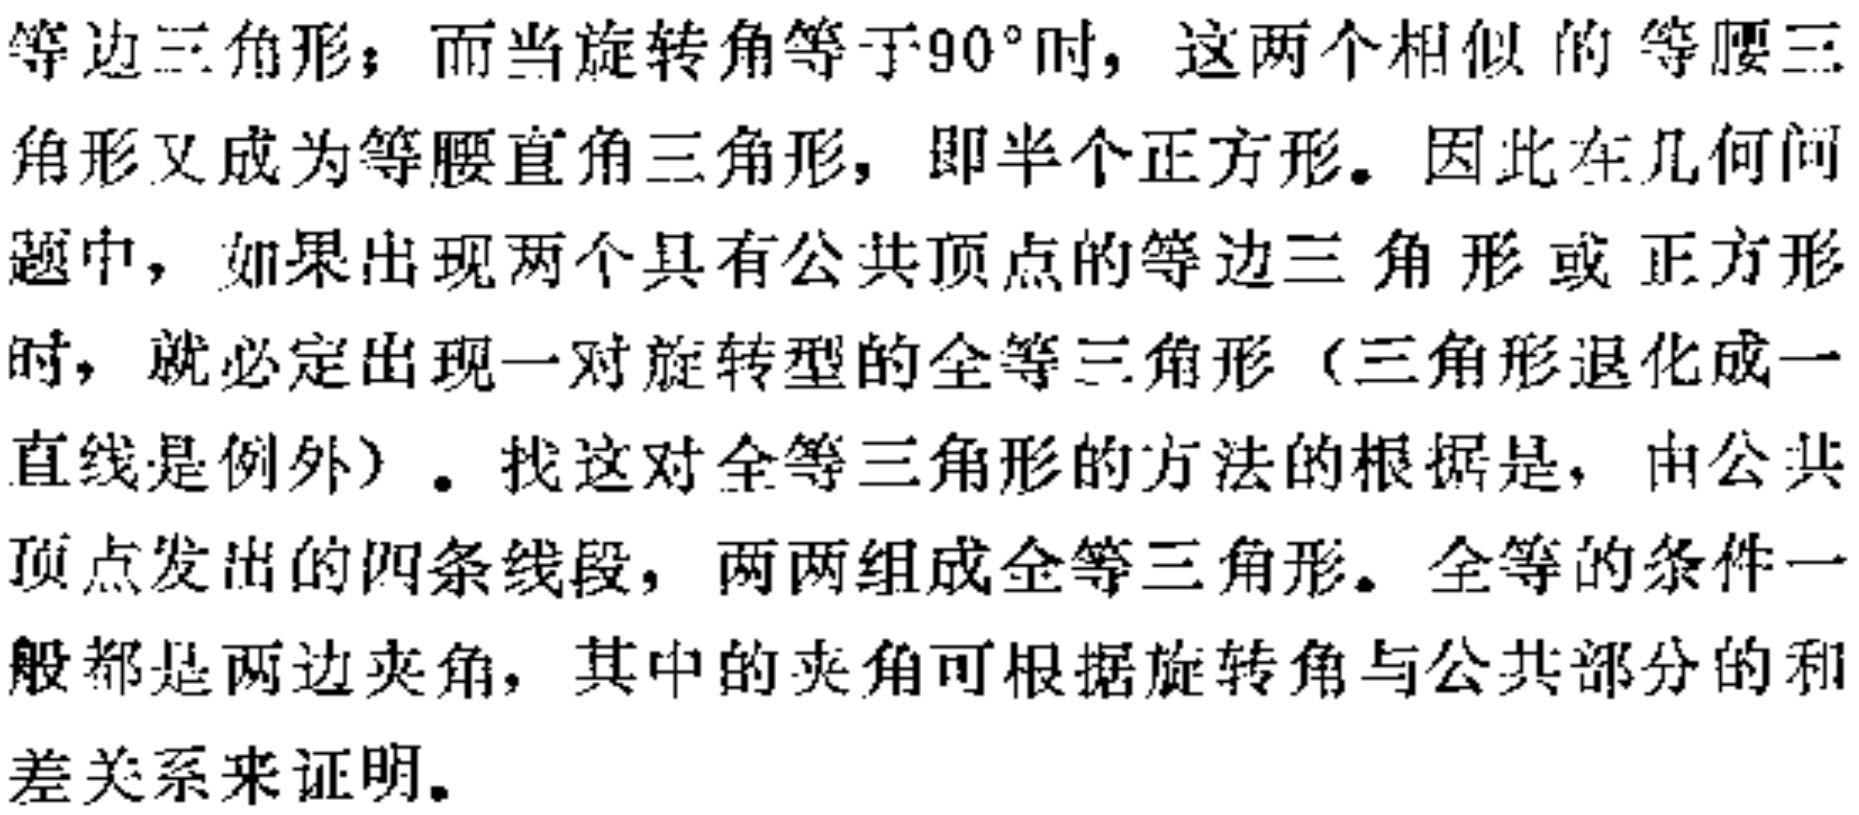
等边三角形；而当旋转角等于\(90^{\circ}\)时，这两个相似的等腰三角形又成为等腰直角三角形，即半个正方形。因此在几何问题中，如果出现两个具有公共顶点的等边三角形或正方形时，就必定出现一对旋转型的全等三角形（三角形退化成一直线是例外）。找这对全等三角形的方法的根据是，由公共顶点发出的四条线段，两两组成全等三角形。全等的条件一般都是两边夹角，其中的夹角可根据旋转角与公共部分的和差关系来证明。